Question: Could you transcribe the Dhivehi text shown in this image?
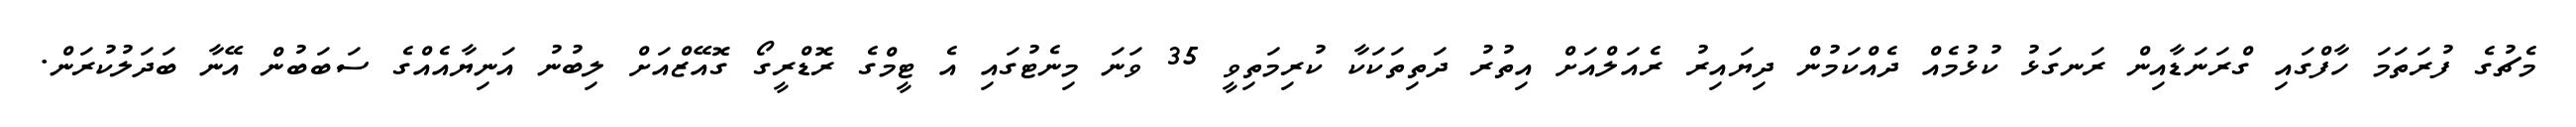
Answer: މެޗުގެ ފުރަތަމަ ހާފްގައި ގްރަނަޑާއިން ރަނގަޅު ކުޅުމެއް ދެއްކަމުން ދިޔައިރު ރެއަލްއަށް އިތުރު ދަތިތަކަކާ ކުރިމަތިވީ 35 ވަނަ މިނެޓުގައި އެ ޓީމްގެ ރޮޑްރީގޯ ގޮއޭޒްއަށް ލިބުނު އަނިޔާއެއްގެ ސަބަބުން އޭނާ ބަދަލުކުރަން.